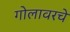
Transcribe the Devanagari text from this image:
गोलावरचे